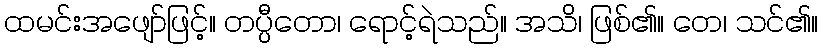
ထမင်းအဖျော်ဖြင့်။ တပ္ပီတော၊ ရောင့်ရဲသည်။ အသိ၊ ဖြစ်၏။ တေ၊ သင်၏။